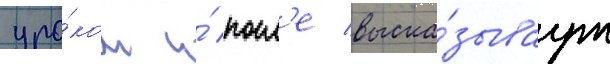
уро́ком и́ посл'е выска́зываут